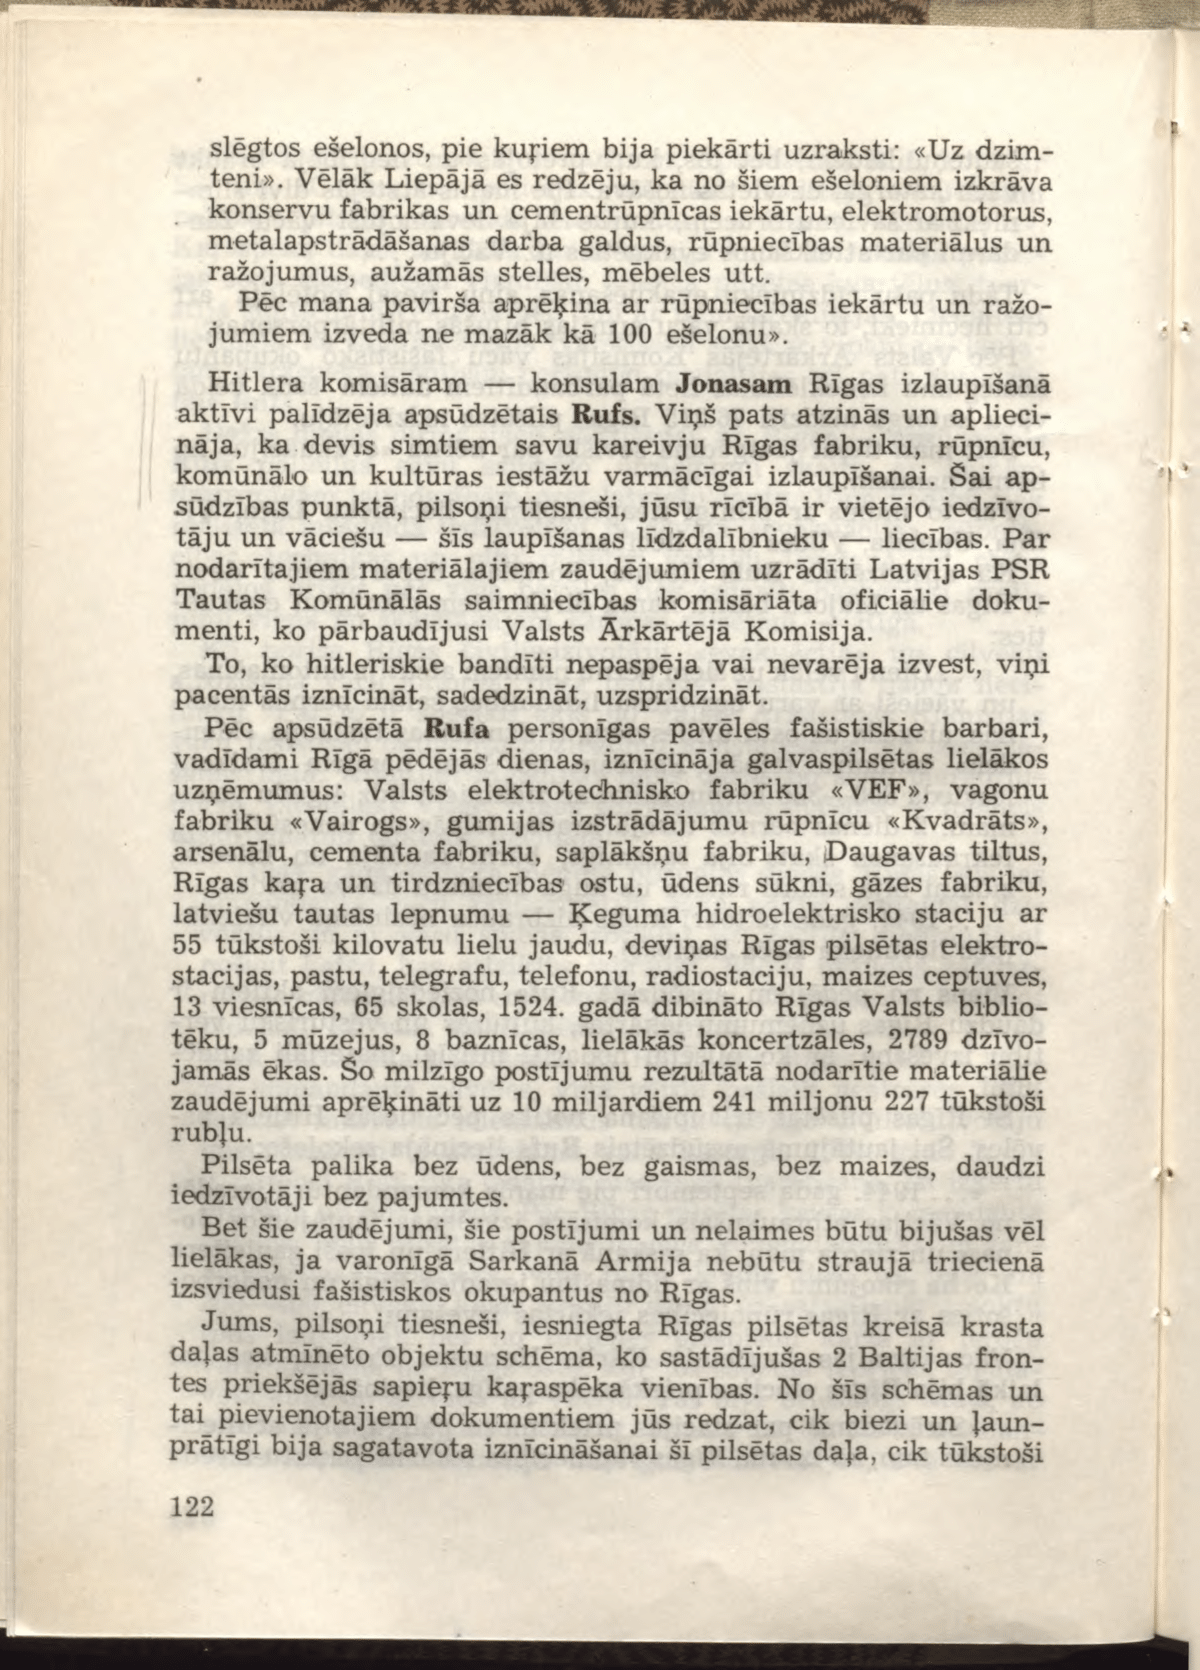
Language: lv